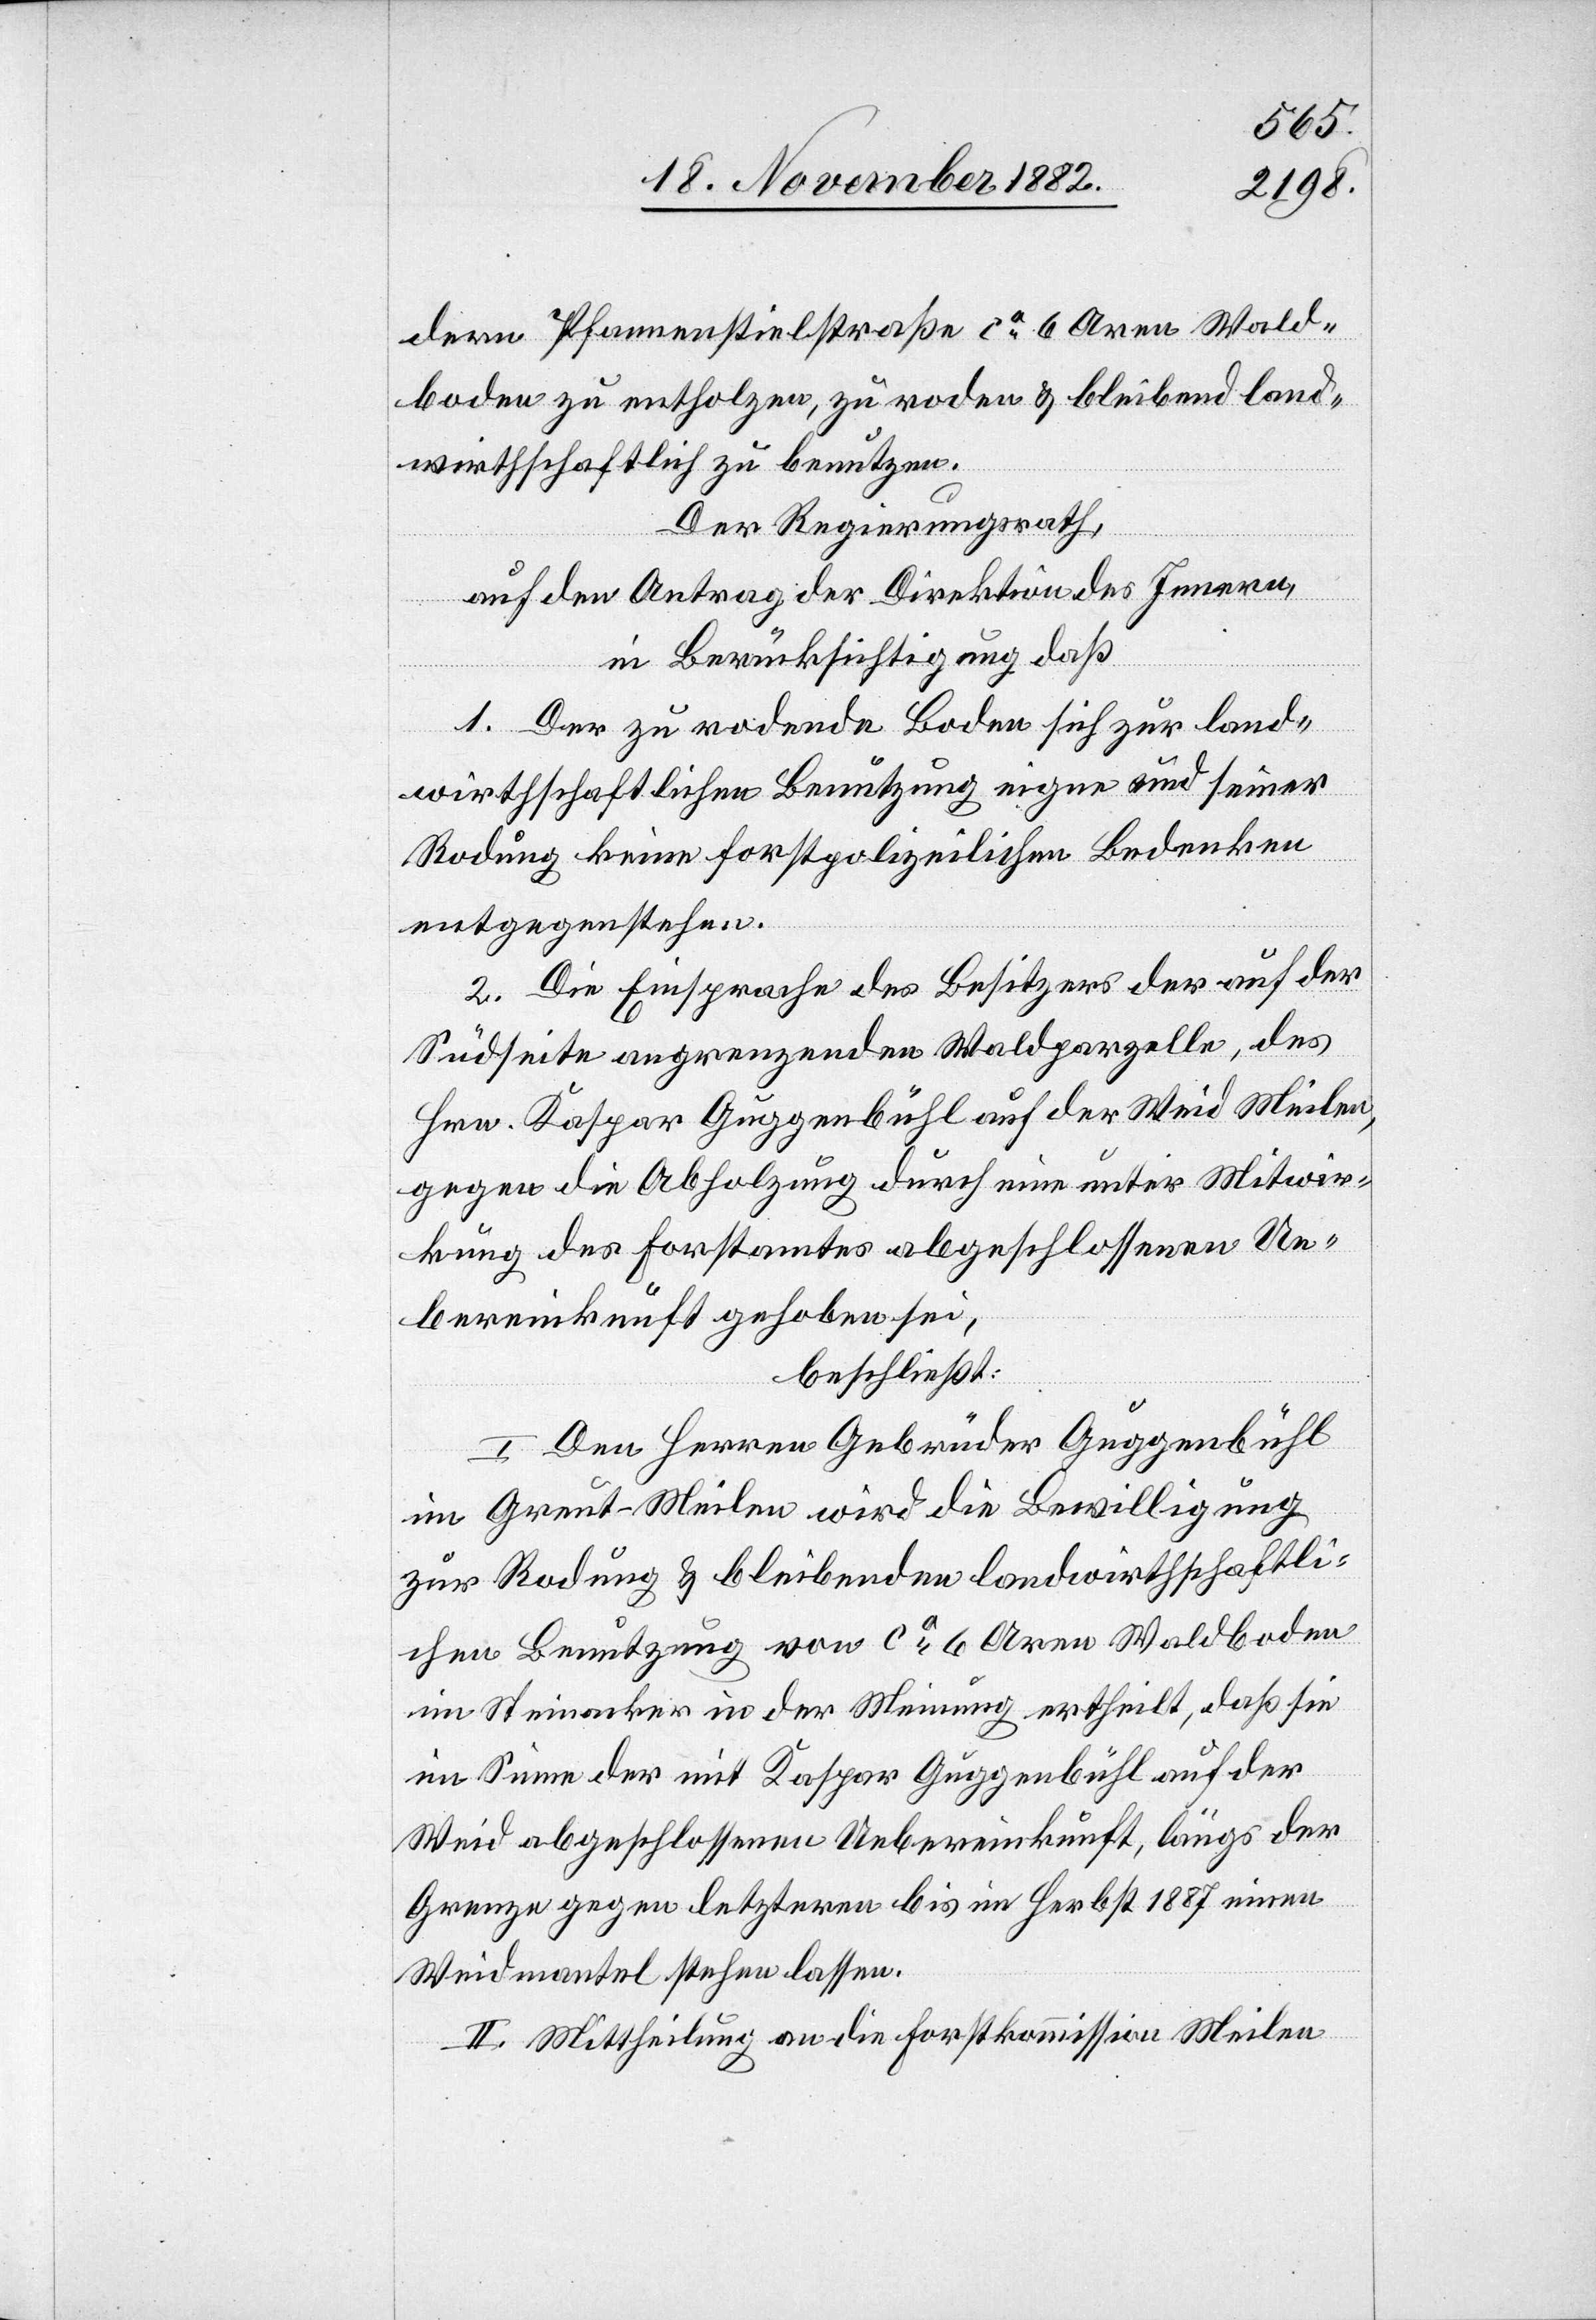
dern Pfannenstielstraße ca 6 Aren Wald¬
boden zu entholzen, zu roden & bleibend land¬
wirthschaftlich zu benutzen.
Der Regierungsrath,
auf den Antrag der Direktion des Innern,
in Berücksichtigung daß
1. Der zu rodende Boden sich zur land¬
wirthschaftlichen Benutzung eigne und seiner
Rodung keine forstpolizeilichen Bedenken
entgegenstehen.
2. Die Einsprache des Besitzers der auf der
Südseite angrenzenden Waldparzelle, des
Hrn. Kaspar Guggenbühl auf der Weid Meilen,
gegen die Abholzung durch eine unter Mitwir¬
kung des Forstamtes abgeschlossene Ue¬
bereinkunft gehoben sei,
beschließt:
I. Den Herren Gebrüder Guggenbühl
im Greut - Meilen wird die Bewilligung
zur Rodung & bleibenden landwirthschaftli¬
chen Benutzung von ca 6 Aren Waldboden
im Steinacker in der Meinung ertheilt, daß sie
im Sinne der mit Kaspar Guggenbühl auf der
Weid abgeschlossenen Uebereinkunft, längs der
Grenze gegen letzteren bis im Herbst 1887 einen
Weidmantel stehen lassen.
II. Mittheilung an die Forstkommission Meilen